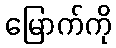
မြောက်ကို